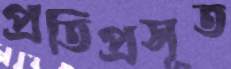
প্রতিপ্রসূত